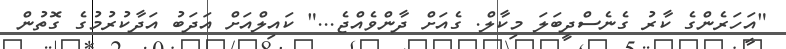
"އަހަރެންގެ ކާރު ގެނެސްދީބަލަ މިކާލް. ގެއަށް ދާންވެއްޖެ..." ކައިލްއަށް އަދަބު އަދާކުރުމުގެ ގޮތުން